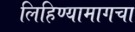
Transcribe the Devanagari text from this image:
लिहिण्यामागचा